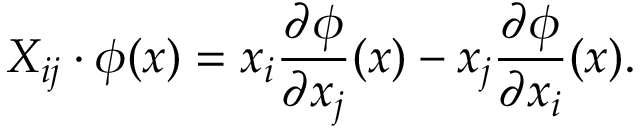
X _ { i j } \cdot \phi ( x ) = x _ { i } { \frac { \partial \phi } { \partial x _ { j } } } ( x ) - x _ { j } { \frac { \partial \phi } { \partial x _ { i } } } ( x ) .